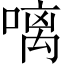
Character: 𠻗